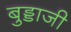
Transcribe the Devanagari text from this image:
बुड्डाजी